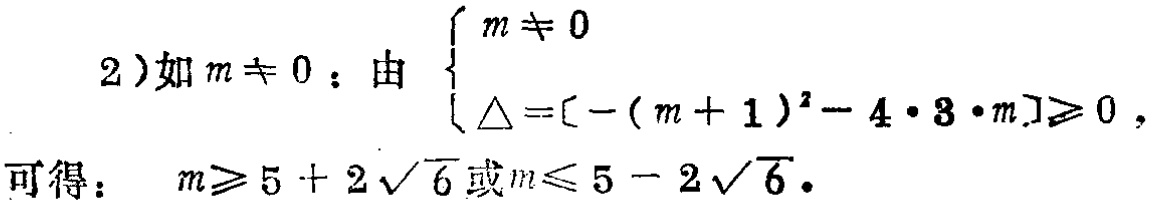
2)如\(m\neq 0\)：由\(\begin{cases}m\neq 0\\\Delta =[-(m + 1)^2-4\cdot 3\cdot m]\geqslant 0\end{cases}\)，可得：\(m\geqslant 5 + 2\sqrt{6}\)或\(m\leqslant 5 - 2\sqrt{6}\)。